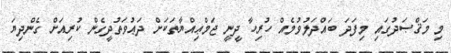
މި މަޤްޞަދުގައި މިފަދަ ބައްދަލުވުމެއް ހުރިހާ ދީނީ ޖަމްޢިއްޔާތަކަށް ދަޢުވަތުދީގެން ކުރިއަށް ގެންދިޔަ